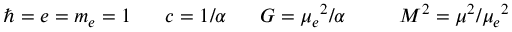
\hbar = e = m _ { e } = 1 ~ ~ ~ ~ ~ c = 1 / \alpha ~ ~ ~ ~ ~ G = \mu _ { e } { } ^ { 2 } / \alpha ~ ~ ~ ~ ~ ~ ~ ~ M ^ { 2 } = \mu ^ { 2 } / \mu _ { e } { } ^ { 2 }